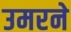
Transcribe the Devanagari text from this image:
उमरने